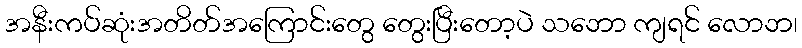
အနီးကပ်ဆုံးအတိတ်အကြောင်းတွေ တွေးပြီးတော့ပဲ သဘော ကျရင် လောဘ၊